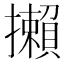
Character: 攋